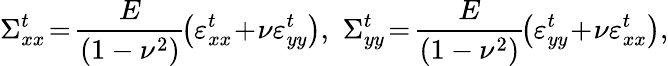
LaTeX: \Sigma_{xx}^{t}\! =\! \frac{E}{(1-\nu^{2})}\! \left(\varepsilon_{xx}^{t}\! +\! \nu\varepsilon_{yy}^{t}\right),\, \, \Sigma_{yy}^{t}\! =\! \frac{E}{(1-\nu^{2})}\! \left(\varepsilon_{yy}^{t}\! +\! \nu\varepsilon_{xx}^{t}\right),